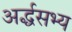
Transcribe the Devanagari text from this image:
अर्द्धसभ्य